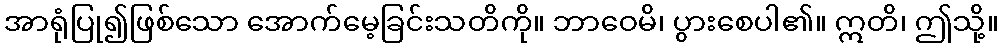
အာရုံပြု၍ဖြစ်သော အောက်မေ့ခြင်းသတိကို။ ဘာဝေမိ၊ ပွားစေပါ၏။ ဣတိ၊ ဤသို့။